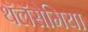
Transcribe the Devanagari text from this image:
थॅलॅसेमिया